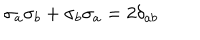
LaTeX: \sigma _ { a } \sigma _ { b } + \sigma _ { b } \sigma _ { a } = 2 \delta _ { a b }